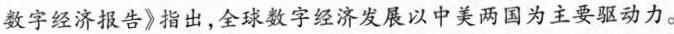
数字经济报告》指出，全球数字经济发展以中美两国为主要驱动力。